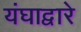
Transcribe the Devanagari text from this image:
यंघाद्वारे